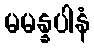
မမန္နပါနံ